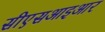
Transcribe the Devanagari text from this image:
सीएसआइआर